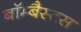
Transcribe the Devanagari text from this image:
बॉम्बैस्टस